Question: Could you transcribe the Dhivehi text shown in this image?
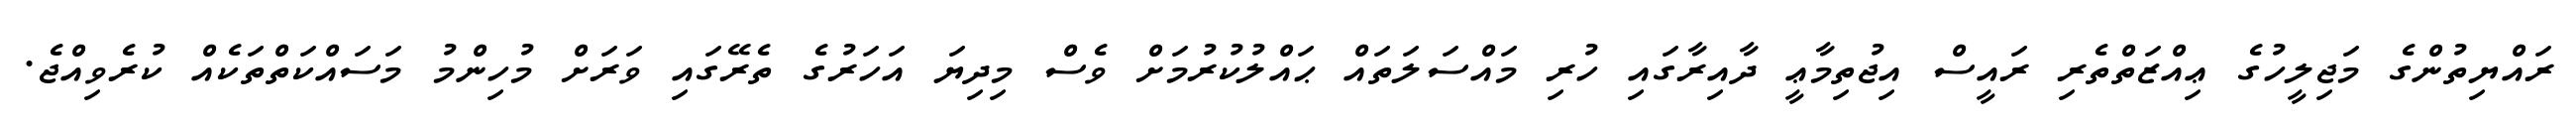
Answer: ރައްޔިތުންގެ މަޖިލީހުގެ ޢިއްޒަތްތެރި ރައީސް އިޖުތިމާޢީ ދާއިރާގައި ހުރި މައްސަލަތައް ޙައްލުކުރުމަށް ވެސް މިދިޔަ އަހަރުގެ ތެރޭގައި ވަރަށް މުހިންމު މަސައްކަތްތަކެއް ކުރެވިއްޖެ.